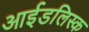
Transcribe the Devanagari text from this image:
आईडलिस्क